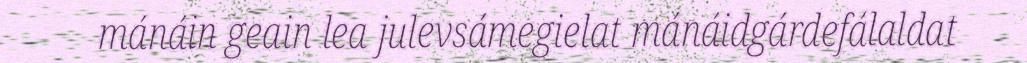
mánáin geain lea julevsámegielat mánáidgárdefálaldat